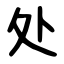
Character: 处